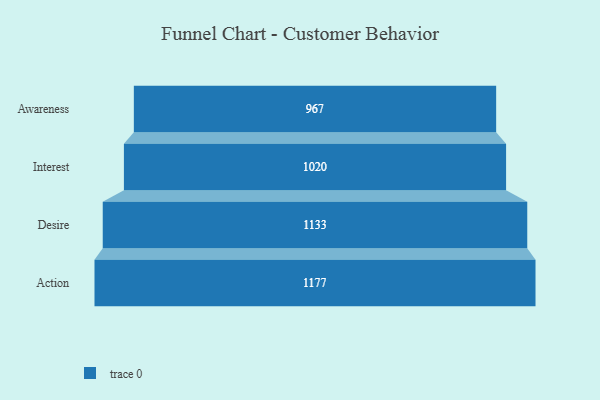
{"axis": {"x": "Stage", "y": "Value"}, "legend": [""], "data": [{"x": "Awareness", "y": 967.0, "type": ""}, {"x": "Interest", "y": 1020.0, "type": ""}, {"x": "Desire", "y": 1133.0, "type": ""}, {"x": "Action", "y": 1177.0, "type": ""}]}